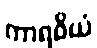
ကာရဝိယံ